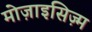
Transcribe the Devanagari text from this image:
मोज़ाइसिज़्म